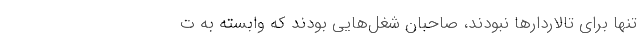
تنها برای تالاردارها نبودند، صاحبان شغل‌هایی بودند که وابسته به ت